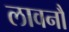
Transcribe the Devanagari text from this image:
लावनौ